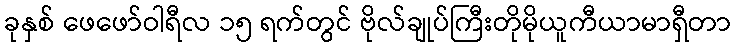
ခုနှစ် ဖေဖော်ဝါရီလ ၁၅ ရက်တွင် ဗိုလ်ချုပ်ကြီးတိုမိုယူကီယာမာရှီတာ